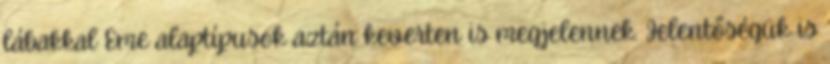
lábakkal Eme alaptípusok aztán keverten is megjelennek. Jelentőségük is